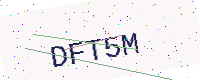
Text: DFT5M